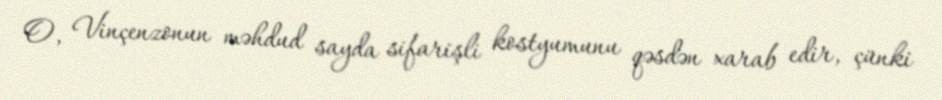
O, Vinçenzonun məhdud sayda sifarişli kostyumunu qəsdən xarab edir, çünki